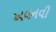
અવનવી